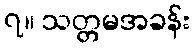
၇။ သတ္တမအခန်း